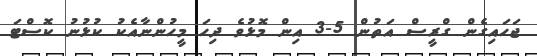
ޖަހައިގެން ގްރީސް އަތުން 5-3 އިން މޮޅުވެ ދިހަ މީހުންނާއެކު ކުޅުނު ކޮސްޓަ